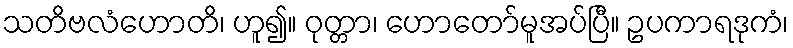
သတိဗလံဟောတိ၊ ဟူ၍။ ဝုတ္တာ၊ ဟောတော်မူအပ်ပြီ။ ဥပကာရဒုကံ၊